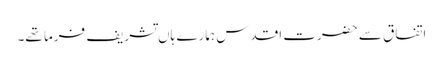
اتفاق سے حضرت اقدس ہمارے ہاں تشریف فرما تھے۔